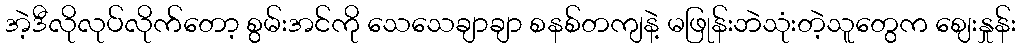
အဲ့ဒီလိုလုပ်လိုက်တော့ စွမ်းအင်ကို သေသေချာချာ စနစ်တကျနဲ့ မဖြုန်းဘဲသုံးတဲ့သူတွေက ဈေးနှုန်း